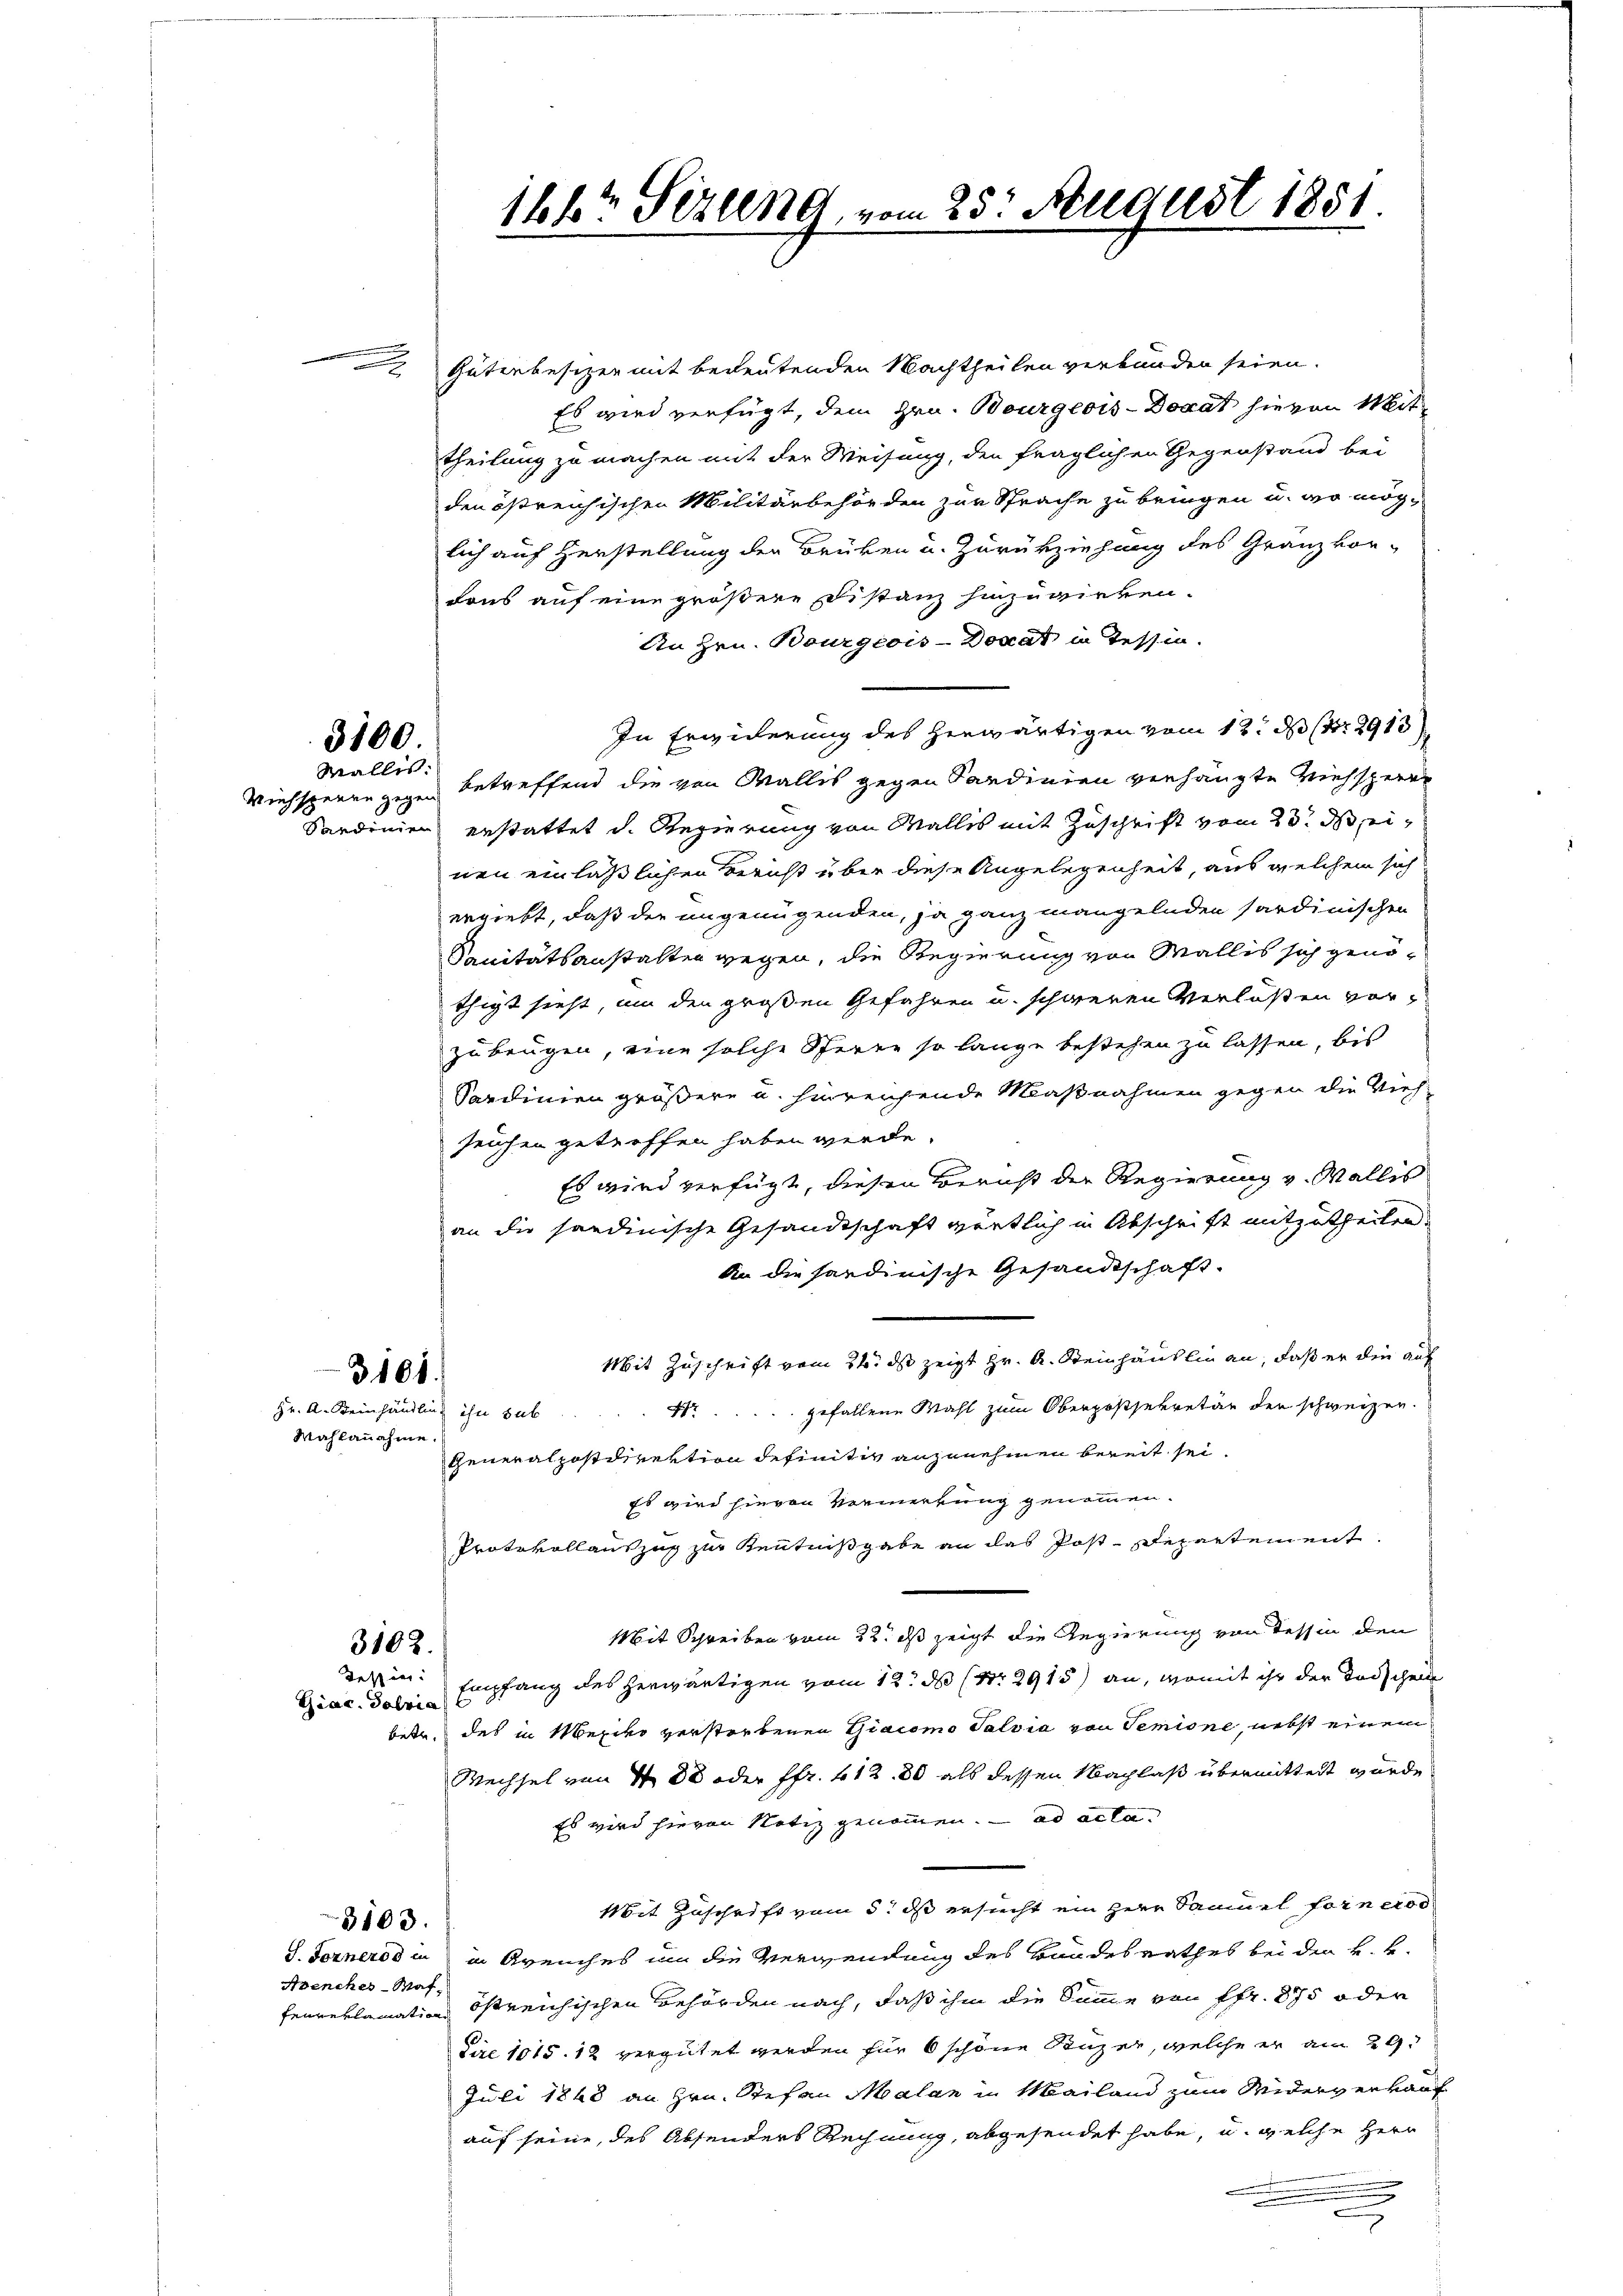
Güterbesizer mit bedeutenden Nachtheilen verbunden seien.
Es wird verfügt, dem Hrn. Bourgeois-Docat hievon Mit-
theilung zu machen mit der Weisung, den fraglichen Gegenstand bei
den östreichischen Militärbehörden zur Sprache zu bringen u. wo mög-
lich auf Herstellung der Brüken u. Zurückziehung des Granz vor-
dons auf eine größere Distanz hinzuwirken.
An Hrn. Bourgeois-Docat in Tessin.
In Erwiderung des Hinwärtigen vom 12. d. 291
Viehsperre gegen betreffend die von Wallis gegen Sardinien verhängte Viehsperr
Sardinien erstattet d. Regierung von Wallis mit Zuschrift vom 23. ds einen einläßlichen Bericht über diese Angelegenheit, aus welchem sich
ergiebt, daß der ungenügenden, ja ganz mangelnden sardinischen
Sanitätsanstalten wegen, die Regierung von Wallis sich genöthigt sieht, um den großen Gefahren u. schweren Verlaßen vorzubeugen, eine solche Sperre so lange bestehen zu lassen, bis
Sardinien größere u. hinreichende Maßnahmen gegen die Vieh-
seichen getreffen haben werde.
Es wird verfügt, diesen Bericht der Regierung v. Wallis
an die sandinische Gesandtschaft wörtlich in Abschrift mitzutheilen.
An die sardinische Gesandtschaft.
Mit Zuschrift vom 21. ds zeigt Hr. A. Steinhäuslin an, daß er die auf
3101.
Fr. gefallene Mahl zum Oberpossekretär der schweizer.
Hr. A. Reinhändling ihn sub
Mahlannahme.
Generalpostdirektion definitiv anzunehmen bereit sei.
Es wird hievon Vermerkung genommen.
Protokollauszug zur Kenntnißgabe an das Post-Departement.
Mit Schreiben vom 22. ds zeigt die Regierung von Tessin den
3102.
Derin Empfang des herwärtigen vom 12. de (Nr. 2915) an, womit ihr der Todscheide
Giac. Solria
bete, des in Mexiko verstorbenen Giacomo Salvia von Semine, nebst einem
Wechsel von 400 oder Pfr. 412. 80 als dessen Nachlaß übermittelt wurde
Es wird hievon Notiz genommen. ad acta
Mit Zuschrift vom 5. dß ersucht ein Herr Samuel forn eroo
3103.
S. Fornerod in in Arenches um die Verwendung des Bandesrathes bei den k. k.
Avencher-Waf-
Fennerlamation Östreichischen Behörden nach, daß ihm die Summe von Pfr. 875 oder
Cire 1015. 12 vergütet werden für 6 schöne Seuzer, welche er am 29.
Juli 1848 an Hrn. Stefan Malan in Mailand zum Widerverkauf
auf seine, des Absenders Rechnung, abgesendet habe, u. welche Herr
x

3100.
Wallis:

166 Sizung, vom 25. August 1851.